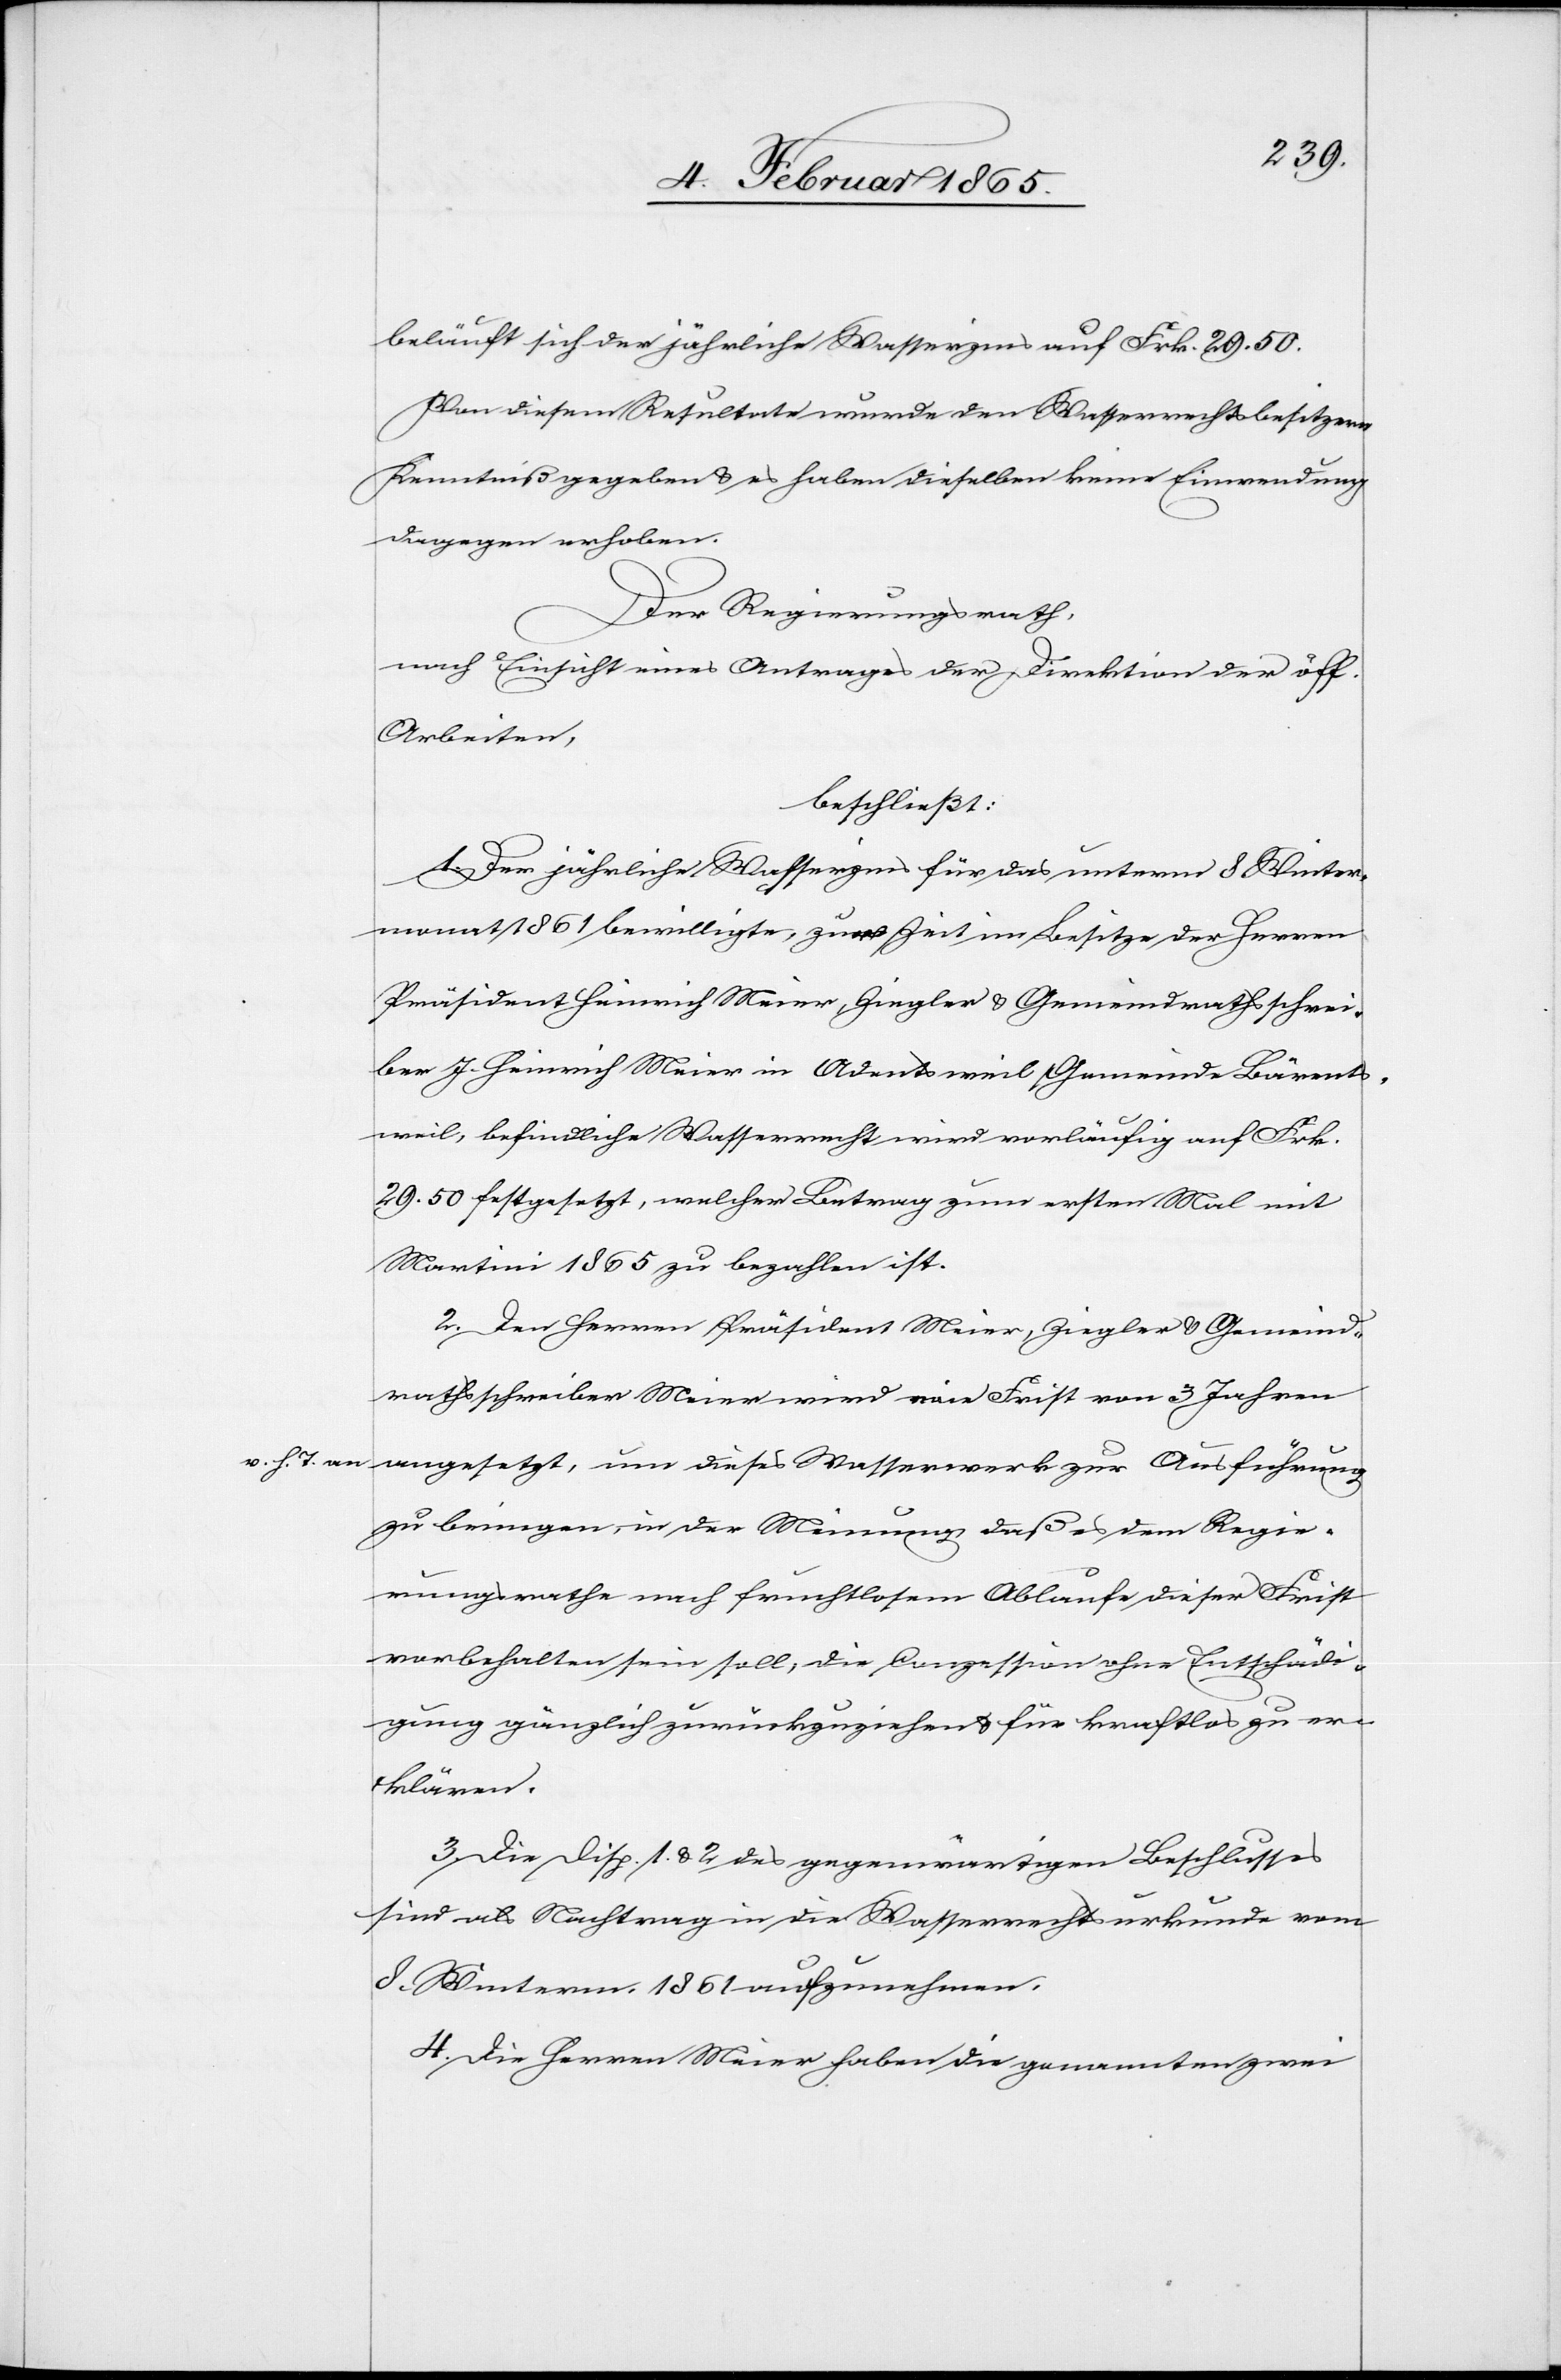
v. h. T. an

beläuft sich der jährliche Wasserzins auf Frk. 29. 50.
Von diesem Resultate wurde den Wasserrechtsbesitzern
Kenntniß gegeben u. es haben dieselben keine Einwendung
dagegen erhoben.
Der Regierungsrath,
nach Einsicht eines Antrages der Direktion der öff.
Arbeiten,
beschließt:
1. Der jährliche Wasserzins für das unterm 8 Winter¬
monat 1861 bewilligte, zur Zeit im Besitze der Herren
Präsident Heinrich Meier, Ziegler u. Gemeindrathsschrei¬
ber J. Heinrich Meier in Adentsweil, Gemeinde Bärents¬
weil, befindliche Wasserrecht wird vorläufig auf Frk.
29. 50 festgesetzt, welcher Betrag zum ersten Mal mit
Martini 1865 zu bezahlen ist.
2. Den Herren Präsident Meier, Ziegler u. Gemeind¬
rathsschreiber Meier wird eine Frist von 3 Jahren
angesetzt, um dieses Wasserwerk zur Ausführung
zu bringen, in der Meinung daß es dem Regie¬
rungsrathe nach fruchtlosem Ablaufe dieser Frist
vorbehalten sein soll, die Conzession ohne Entschädi¬
gung gänzlich zurückzuziehen u. für kraftlos zu er¬
klären.
3. Die Disp. 1. u. 2 des gegenwärtigen Beschlusses
sind als Nachtrag in die Wasserrechtsurkunde vom
8. Winterm. 1861 aufzunehmen.
4. Die Herren Meier haben die genannten zwei